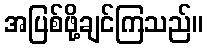
အပြစ်ဖို့ချင်ကြသည်။